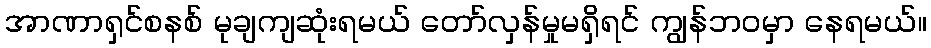
အာဏာရှင်စနစ် မုချကျဆုံးရမယ် တော်လှန်မှုမရှိရင် ကျွန်ဘ၀မှာ နေရမယ်။